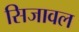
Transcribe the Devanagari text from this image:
सिजावल